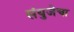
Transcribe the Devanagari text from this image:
संयुजेचा